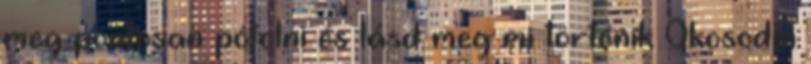
meg pontosan pótolni és lásd meg mi történik Okosodni